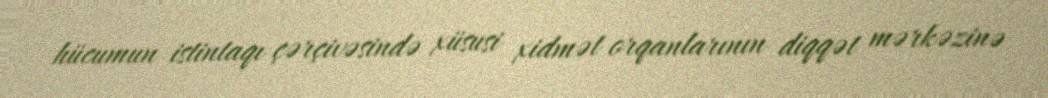
hücumun istintaqı çərçivəsində xüsusi xidmət orqanlarının diqqət mərkəzinə